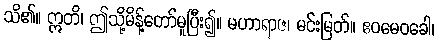
သိ၏။ ဣတိ၊ ဤသို့မိန့်တော်မူပြီး၍။ မဟာရာဇ၊ မင်းမြတ်။ ဧဝမေဝခေါ၊